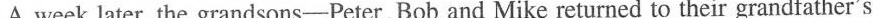
A week later, the grandsons-Peter, Bob and Mike returned to their grandfather's